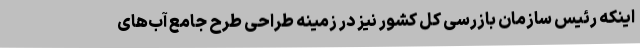
اینکه رئیس سازمان بازرسی کل کشور نیز در زمینه طراحی طرح جامع آب‌های